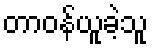
တာဝန်ယူခဲ့သူ